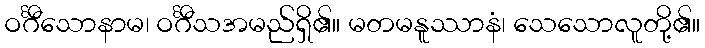
ဝင်္ဂီသောနာမ၊ ဝင်္ဂီသအမည်ရှိ၏။ မတမနူဿာနံ၊ သေသောလူတို့၏။